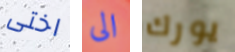
اختى الى يورك